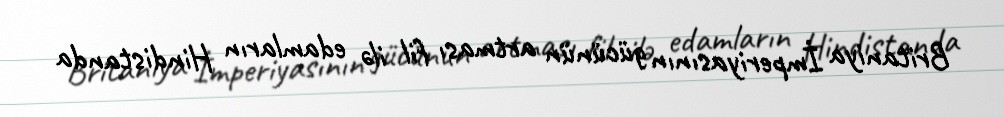
Britaniya İmperiyasının gücünün artması fil ilə edamların Hindistanda